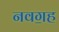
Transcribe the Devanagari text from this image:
नवॻह